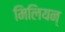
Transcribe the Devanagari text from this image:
मिलियन्